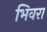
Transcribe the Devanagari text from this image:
भिवरा